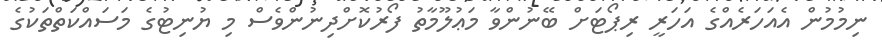
ނިމުމުން އެއަހަރެއްގެ އަހަރީ ރިޕޯޓަށް ބޭނުންވާ މަޢުލޫމާތު ފޯރުކޮށްދިނުންވެސް މި ޔުނިޓުގެ މަސައްކަތްތަކުގެ